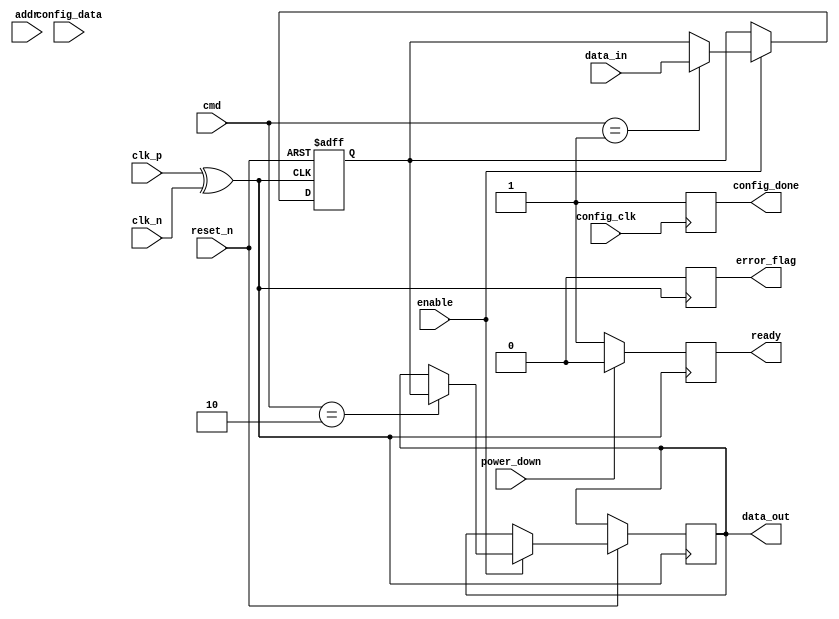
module gddr4_io_block (
    input  wire [15:0] data_in,        // 16-bit Input Data (for 16 data lanes)
    output wire [15:0] data_out,       // 16-bit Output Data
    input  wire clk_p,                 // Positive Clock Input (Differential)
    input  wire clk_n,                 // Negative Clock Input (Differential)
    input  wire [3:0] cmd,             // Command Input (Read, Write, Refresh, etc.)
    input  wire [23:0] addr,           // Address Input
    // Control Signals
    input  wire reset_n,               // Active low reset
    input  wire enable,                 // Enable signal for the I/O block
    output wire ready,                  // Ready flag
    // Power Management
    input  wire power_down,             // Power down signal
    // Configuration Interface (e.g., SPI or I2C)
    input  wire config_clk,             // Configuration clock
    input  wire config_data,            // Configuration data
    output wire config_done,            // Configuration done signal
    // Error Detection
    output wire error_flag              // Error detection flag
);

// Parameters
parameter BURST_LENGTH = 8;            // Example Burst Length
parameter DATA_WIDTH   = 16;           // Data width

// Internal Signals
reg [DATA_WIDTH-1:0] data_buffer;      // Data buffer for input/output
reg [3:0] state;                        // State for FSM
wire clk;                               // Internal clock for DDR
wire sampled_clk_rise, sampled_clk_fall; // Sample clock edges

// Clock Generation Logic
assign clk = clk_p ^ clk_n;            // Generate single-ended clock from differential input
assign sampled_clk_rise = clk_p & ~clk_n; // Rising edge detection
assign sampled_clk_fall = ~clk_p & clk_n; // Falling edge detection

// State Machine for Command Processing
always @(posedge clk or negedge reset_n) begin
    if (!reset_n) begin
        state <= 0;
        data_buffer <= 0;
    end else if (enable) begin
        case (cmd)
            4'b0001: begin // Example Command - WRITE
                data_buffer <= data_in;
                // Add burst handling logic
            end
            4'b0010: begin // Example Command - READ
                data_out <= data_buffer;
                // Add readout logic
            end
            // More command cases...
        endcase
    end
end

// Power Management Logic
always @(posedge clk) begin
    if (power_down) begin
        // Enter low power state
        ready <= 0;
        // Additional logic for power down
    end else begin
        ready <= 1; // Ready flag when enabled
    end
end

// Error Detection Logic (Example Placeholder)
always @(posedge clk) begin
    // Placeholder for error detection, e.g., checksum
    error_flag <= 0; // Reset error flag or implement logic for detection
end

// Configuration Logic (Placeholder)
always @(posedge config_clk) begin
    // Placeholder for configuration logic
    config_done <= 1; // Signal that configuration is done
end

endmodule